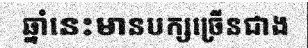
ឆ្នាំនេះមានបក្សច្រើនជាង